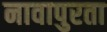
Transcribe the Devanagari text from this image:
नावापुरता